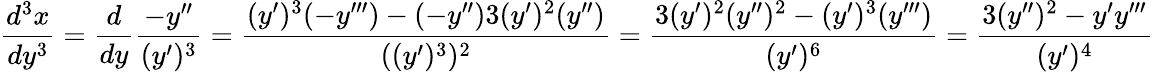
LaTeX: \frac{d^{3}x}{dy^{3}}=\frac{d}{dy}\frac{-y^{\prime\prime}}{(y^{\prime})^{3}}=\frac{(y^{\prime})^{3}(-y^{\prime\prime\prime})-(-y^{\prime\prime})3(y^{\prime})^{2}(y^{\prime\prime})}{((y^{\prime})^{3})^{2}}=\frac{3(y^{\prime})^{2}(y^{\prime\prime})^{2}-(y^{\prime})^{3}(y^{\prime\prime\prime})}{(y^{\prime})^{6}}=\frac{3(y^{\prime\prime})^{2}-y^{\prime}y^{\prime\prime\prime}}{(y^{\prime})^{4}}